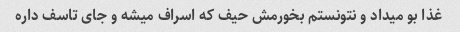
غذا بو میداد و نتونستم بخورمش حیف که اسراف میشه و جای تاسف داره